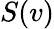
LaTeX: S(v)